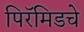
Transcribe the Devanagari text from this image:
पिरॅमिडचे